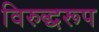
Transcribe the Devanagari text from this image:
विरुद्धरूप